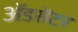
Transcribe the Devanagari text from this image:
ॲडसेंटर